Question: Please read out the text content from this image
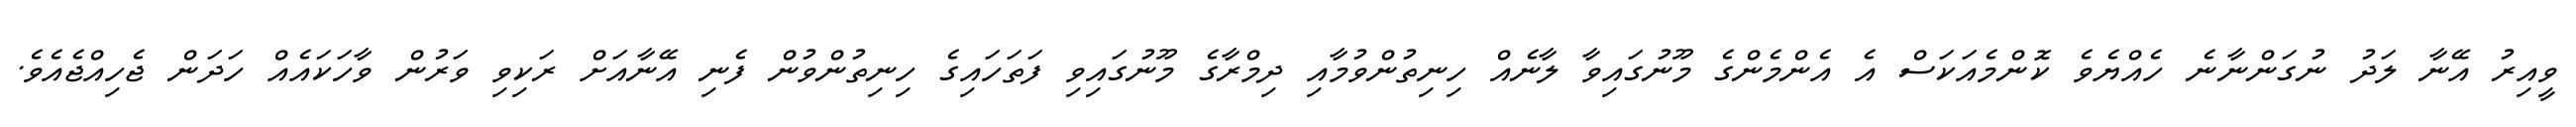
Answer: ވީއިރު އޭނާ ލަދު ނުގަންނާނެ ހެއްޔެވެ ކޮންމެއަކަސް އެ އެންމެންގެ މޫނުގައިވާ ލާނެއް ހިނިތުންވުމާއި ދިމްރާގެ މޫނުގައިވި ފަތަހައިގެ ހިނިތުންވުން ފެނި އޭނާއަށް ރަކިވި ވަރުން ވާހަކައެއް ހަދަން ޖެހިއްޖެއެވެ.